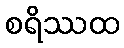
စရိဿထ